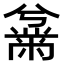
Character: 𫜜